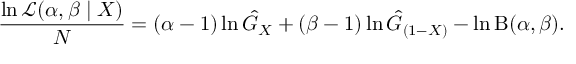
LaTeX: { \frac { \ln { \mathcal { L } } ( \alpha , \beta \mid X ) } { N } } = ( \alpha - 1 ) \ln { \hat { G } } _ { X } + ( \beta - 1 ) \ln { \hat { G } } _ { ( 1 - X ) } - \ln \mathrm { B } ( \alpha , \beta ) .